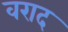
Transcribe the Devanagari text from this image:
वराद